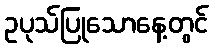
ဥပုသ်ပြုသောနေ့တွင်